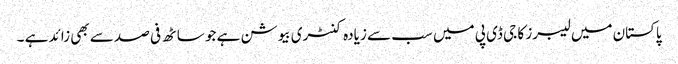
پاکستان میں لیبرز کا جی ڈی پی میں سب سے زیادہ کنٹری بیوشن ہے جو ساٹھ فی صد سے بھی زائد ہے ۔